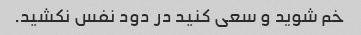
خم شوید و سعی کنید در دود نفس نکشید.